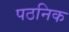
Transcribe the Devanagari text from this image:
पठनिक